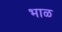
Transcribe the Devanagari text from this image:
भाळ